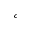
^ c